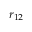
r _ { 1 2 }